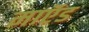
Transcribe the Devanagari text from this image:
माऍड